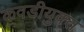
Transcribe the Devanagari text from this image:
कवडीयुक्‍त